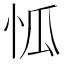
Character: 𱞌